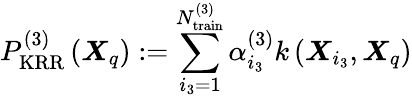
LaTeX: P_{\mathrm{KRR}}^{(3)}\left(\boldsymbol{X}_{q}\right):=\sum_{i_{3}=1}^{N_{\mathrm{train}}^{(3)}}\alpha_{i_{3}}^{(3)}k\left(\boldsymbol{X}_{i_{3}},\boldsymbol{X}_{q}\right)